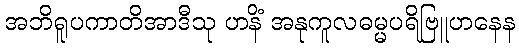
အဘိရူပကာတိအာဒီသု ဟနိံ အနုကူလဓမ္မပရိဗြူဟနေန